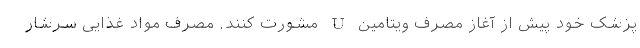
پزشک خود پیش از آغاز مصرف ویتامین U مشورت کنند. مصرف مواد غذایی سرشار